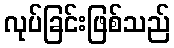
လုပ်ခြင်းဖြစ်သည်